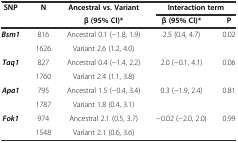
<table><thead><tr><td><b>SNP</b></td><td><b>N</b></td><td><b>Ancestral vs. Variant</b></td><td colspan="2"><b>Interaction term</b></td></tr><tr><td></td><td></td><td><b>β (95% CI)*</b></td><td><b>β (95% CI)*</b></td><td><b>P</b></td></tr></thead><tbody><tr><td><b><i>Bsm1</i></b></td><td>816</td><td>Ancestral 0.1 (-1.8, 1.9)</td><td>2.5 (0.4, 4.7)</td><td>0.02</td></tr><tr><td></td><td>1626</td><td>Variant 2.6 (1.2, 4.0)</td><td></td><td></td></tr><tr><td><b><i>Taq1</i></b></td><td>827</td><td>Ancestral 0.4 (-1.4, 2.2)</td><td>2.0 (-0.1, 4.1)</td><td>0.06</td></tr><tr><td></td><td>1760</td><td>Variant 2.4 (1.1, 3.8)</td><td></td><td></td></tr><tr><td><b><i>Apa1</i></b></td><td>795</td><td>Ancestral 1.5 (-0.4, 3.4)</td><td>0.3 (-1.9, 2.4)</td><td>0.81</td></tr><tr><td></td><td>1787</td><td>Variant 1.8 (0.4, 3.1)</td><td></td><td></td></tr><tr><td><b><i>Fok1</i></b></td><td>974</td><td>Ancestral 2.1 (0.5, 3.7)</td><td>-0.02 (-2.0, 2.0)</td><td>0.99</td></tr><tr><td></td><td>1548</td><td>Variant 2.1 (0.6, 3.6)</td><td></td><td></td></tr></tbody></table>